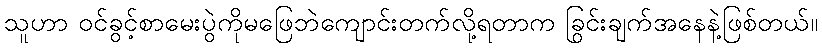
သူဟာ ဝင်ခွင့်စာမေးပွဲကိုမဖြေဘဲကျောင်းတက်လို့ရတာက ခြွင်းချက်အနေနဲ့ဖြစ်တယ်။